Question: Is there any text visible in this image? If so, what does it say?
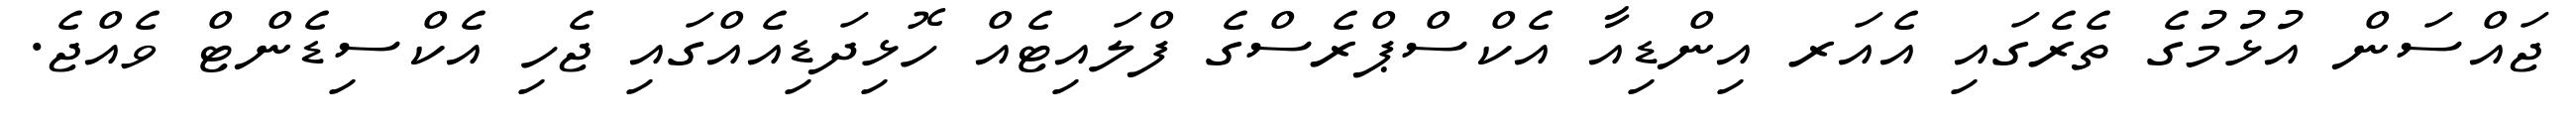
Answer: ޖައްސަން އުޅުމުގެ ތެރެގައި އެއަރ އިންޑިއާ އެކްސްޕްރެސްގެ ފްލައިޓެއް ހޮޅިދަޑިއެއްގައި ޖެހި އެކްސިޑެންޓް ވެއްޖެ.